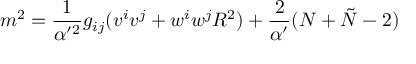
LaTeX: m ^ { 2 } = \frac { 1 } { \alpha ^ { \prime 2 } } g _ { i j } ( v ^ { i } v ^ { j } + w ^ { i } w ^ { j } R ^ { 2 } ) + \frac { 2 } { \alpha ^ { \prime } } ( N + \tilde { N } - 2 )